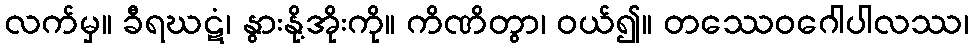
လက်မှ။ ခီရဃဋံ၊ နွားနို့အိုးကို။ ကိဏိတွာ၊ ဝယ်၍။ တဿေဝဂေါပါလဿ၊